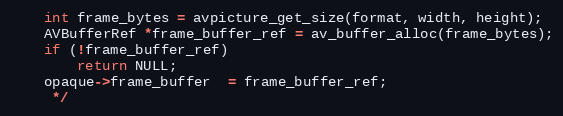
Language: C
    int frame_bytes = avpicture_get_size(format, width, height);
    AVBufferRef *frame_buffer_ref = av_buffer_alloc(frame_bytes);
    if (!frame_buffer_ref)
        return NULL;
    opaque->frame_buffer  = frame_buffer_ref;
     */